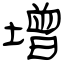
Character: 增